Indian journal of veterinary science and animal husbandry - Volume 8,
Year: 1938
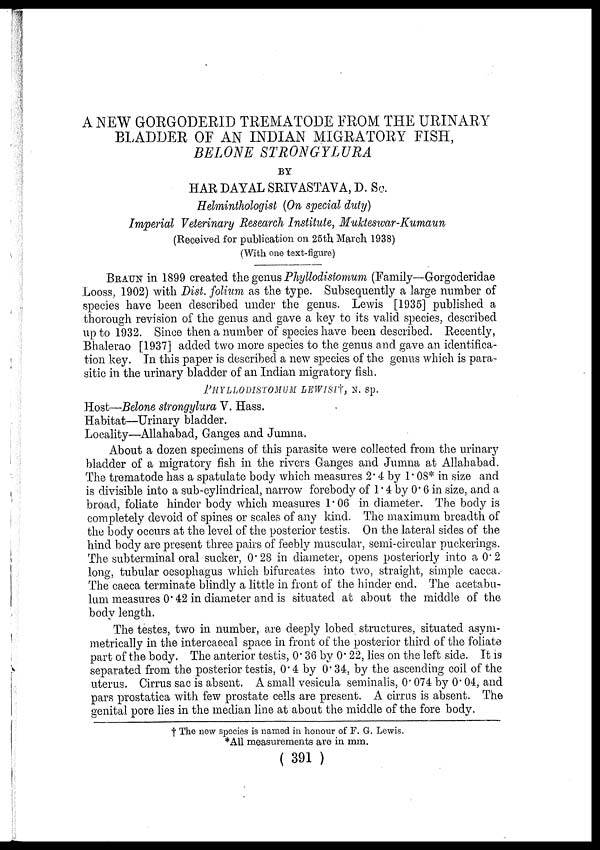
A NEW GORGODERID TREMATODE FROM THE URINARY
BLADDER OF AN INDIAN MIGRATORY FISH,
BELONE STRONGYLURA
BY
HAR DAYAL SRIVASTAVA, D. So.
Helminthologist (On special duty)
Imperial Veterinary Research Institute, Mukteswar-Kumaun
(Received for publication on 25th. March 1938)
(With one text-figure)
BRAUN in 1899 created the genus Phyllodistomum (Family—Gorgoderidae
Looss, 1902) with Dist. folium as the type. Subsequently a large number of
species have been described under the genus. Lewis [1935] published a
thorough revision of the genus and gave a key to its valid species, described
up to 1932. Since then a number of species have been described. Recently,
Bhalerao [1937] added two more species to the genus and gave an identifica-
tion key. In this paper is described a new species of the genus which is para-
sitic in the urinary bladder of an Indian migratory fish.
PHYLLODISTOMUM LEWISI† N. sp.
Host—Belone strongylura V. Hass.
Habitat—Urinary bladder.
Locality—Allahabad, Ganges and Jumna.
About a dozen specimens of this parasite were collected from the urinary
bladder of a migratory fish in the rivers Ganges and Jumna at Allahabad.
The trematode has a spatulate body which measures 2.4 by 1.08* in size and
is divisible into a sub-cylindrical, narrow forebody of 1.4 by 0.6 in size, and a
broad, foliate hinder body which measures 1.06 in diameter. The body is
completely devoid of spines or scales of any kind. The maximum breadth of
the body occurs at the level of the posterior testis. On the lateral sides of the
hind body are present three pairs of feebly muscular, semi-circular puckerings.
The subterminal oral sucker, 0.28 in diameter, opens posteriorly into a 0.2
long, tubular oesophagus which bifurcates into two, straight, simple caeca.
The caeca terminate blindly a little in front of the hinder end. The acetabu-
lum measures 0.42 in diameter and is situated at about the middle of the
body length.
The testes, two in number, are deeply lobed structures, situated asym-
metrically in the intercaecal space in front of the posterior third of the foliate
part of the body. The anterior testis, 0.36 by 0.22, lies on the left side. It is
separated from the posterior testis, 0.4 by 0.34, by the ascending coil of the
uterus. Cirrus sac is absent. A small vesicula seminalis, 0.074 by 0.04, and
pars prostatica with few prostate cells are present. A cirrus is absent. The
genital pore lies in the median line at about the middle of the fore body.
† The new species is named in honour of F. G. Lewis.
*All measurements are in mm.
( 391 )